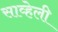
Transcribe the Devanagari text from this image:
साव्हेली